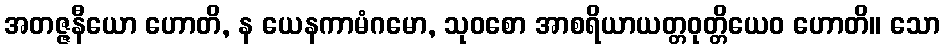
အတဇ္ဇနီယော ဟောတိ, န ယေနကာမံဂမော, သုဝစော အာစရိယာယတ္တဝုတ္တိယေဝ ဟောတိ။ သော